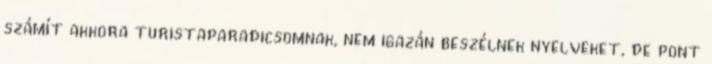
számít akkora turistaparadicsomnak, nem igazán beszélnek nyelveket, de pont